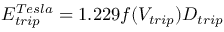
E _ { t r i p } ^ { T e s l a } = 1 . 2 2 9 f ( V _ { t r i p } ) D _ { t r i p }